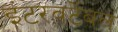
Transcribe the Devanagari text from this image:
इंटरवर्टेबल